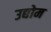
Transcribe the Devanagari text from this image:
उद्योम